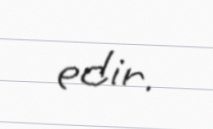
edir.